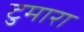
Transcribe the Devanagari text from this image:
टुमारा